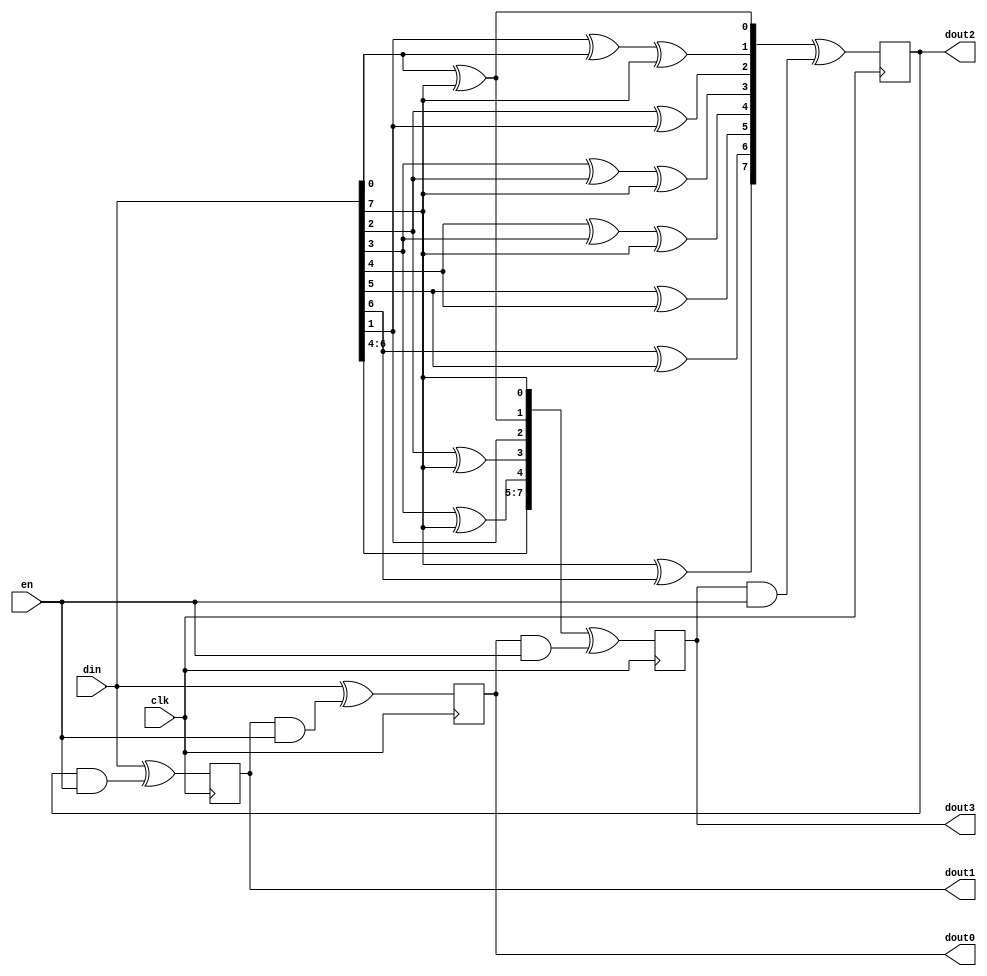
module mixcolumn_8bit (din, en, dout0, dout1, dout2, dout3, clk);
    input [7:0] din;
    input [7:0] en;
    output [7:0] dout0, dout1, dout2, dout3;
    input clk;
    
    reg [7:0] reg0, reg1, reg2, reg3;
    wire [7:0] din02, din03;
    
    assign din02 = {din[6:4], din[3] ^ din[7], din[2] ^ din[7] , din[1], din[0] ^ din[7], din[7]};
    assign din03 = {din[7] ^ din[6], din[6] ^ din[5], din[5] ^ din[4], din[4] ^ din[3] ^ din[7], din[3] ^ din[2] ^ din[7] , din[2] ^ din[1], din[1] ^ din[0] ^ din[7], din[0] ^ din[7]};

    always @ (posedge clk)
    begin
        reg0 <= din ^ (reg1 & en);
        reg1 <= din ^ (reg2 & en);
        reg2 <= din03 ^ (reg3 & en);
        reg3 <= din02 ^ (reg0 & en);
    end

    assign dout0 = reg0;
    assign dout1 = reg1;
    assign dout2 = reg2;
    assign dout3 = reg3;
endmodule